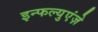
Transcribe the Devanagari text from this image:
इन्फल्युएंज़े